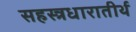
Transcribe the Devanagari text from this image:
सहस्त्रधारातीर्थ